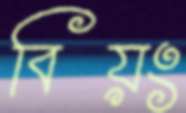
বিয়ং